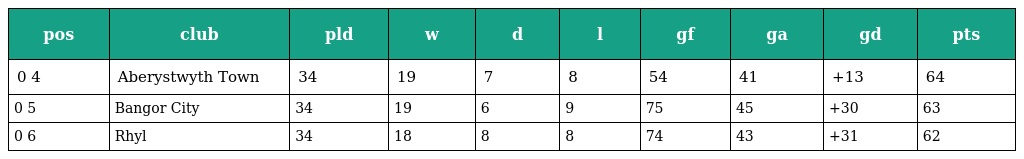
| pos | club | pld | w | d | l | gf | ga | gd | pts |
 | --- | --- | --- | --- | --- | --- | --- | --- | --- | --- |
 | 0 4 | Aberystwyth Town | 34 | 19 | 7 | 8 | 54 | 41 | +13 | 64 |
 | 0 5 | Bangor City | 34 | 19 | 6 | 9 | 75 | 45 | +30 | 63 |
 | 0 6 | Rhyl | 34 | 18 | 8 | 8 | 74 | 43 | +31 | 62 |